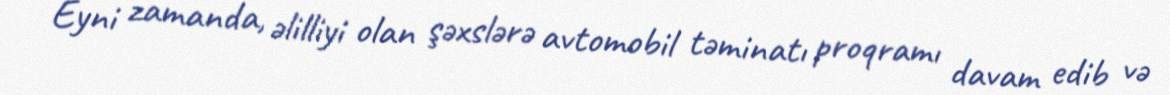
Eyni zamanda, əlilliyi olan şəxslərə avtomobil təminatı proqramı davam edib və